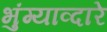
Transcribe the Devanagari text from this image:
भुंग्याव्दारे